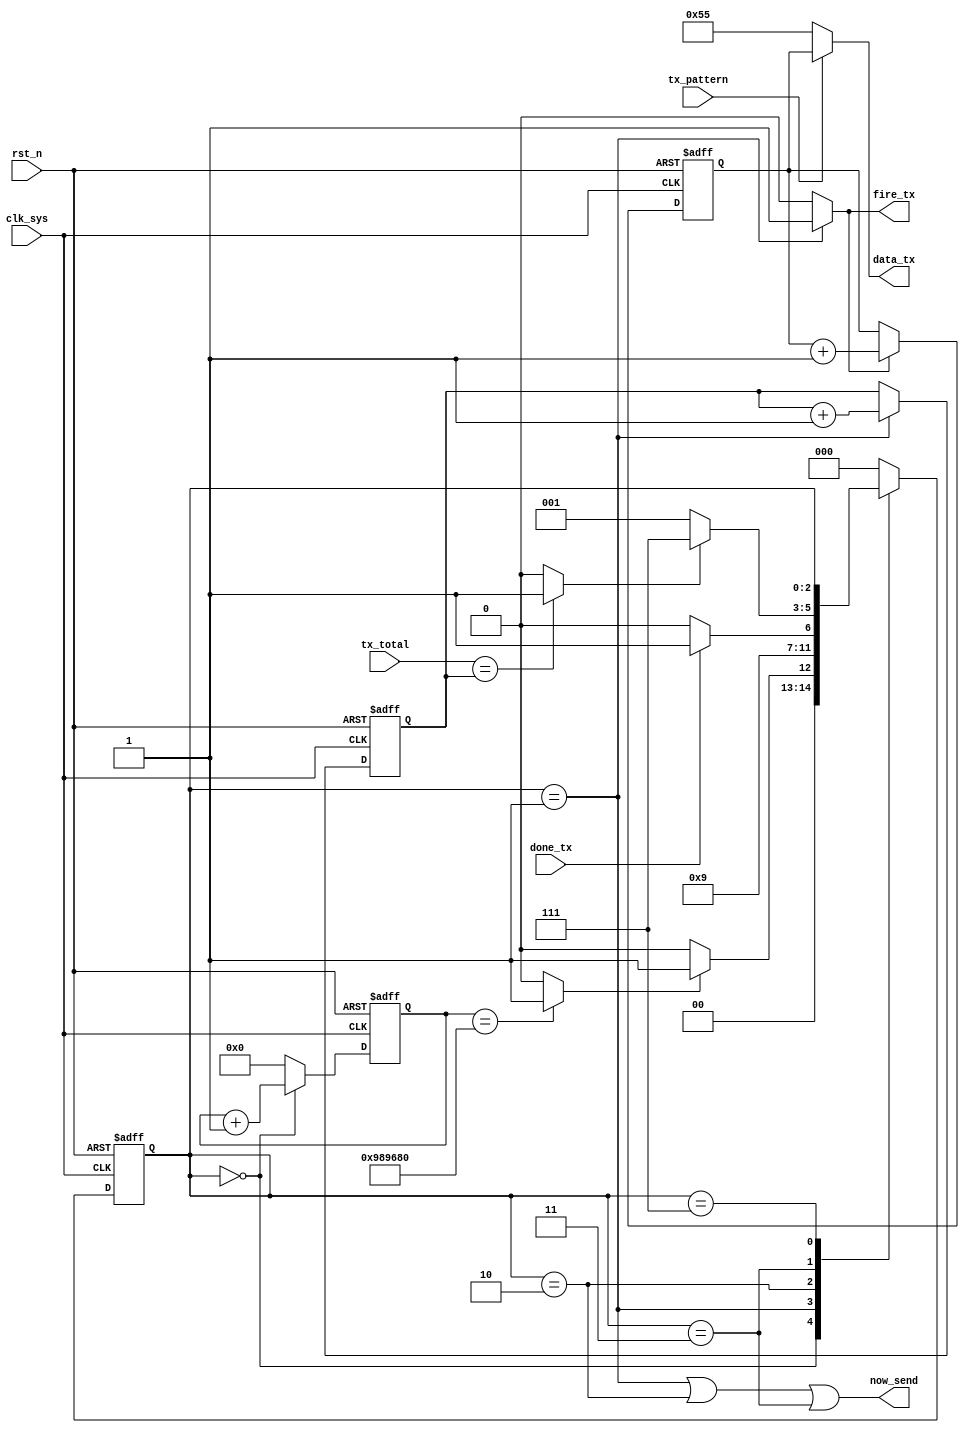
//tx_ctrl.v
`define T_INIT 24'd100_000_00

module tx_ctrl(
fire_tx,
done_tx,
data_tx,
//configuration
tx_total,
now_send,
tx_pattern,
//clk rst
clk_sys,
rst_n
);
output fire_tx;
input  done_tx;
output [7:0]	data_tx;
//configuration
input [31:0]	tx_total;
output 				now_send;
input 	tx_pattern;
//clk rst
input clk_sys;
input rst_n;
//--------------------------------
//--------------------------------


//----------- main FSM ----------
parameter S_INIT = 3'h0;
parameter S_FIRE = 3'h1;
parameter S_WAIT = 3'h2;
parameter S_CHECK = 3'h3;
parameter S_DONE = 3'h7;
reg [2:0] st_tx_mac;
wire finish_init;
wire finish_send;
always @ (posedge clk_sys or negedge rst_n)	begin
	if(~rst_n)
		st_tx_mac <= S_INIT;
	else begin
		case(st_tx_mac)
			S_INIT : st_tx_mac <= finish_init ? S_FIRE : S_INIT;
			S_FIRE : st_tx_mac <= S_WAIT;
			S_WAIT : st_tx_mac <= done_tx ? S_CHECK : S_WAIT;
			S_CHECK: st_tx_mac <= finish_send ? S_DONE : S_FIRE;
			S_DONE : ;
			default : st_tx_mac <= S_INIT;
		endcase
	end
end


//------- FSM init -----------
reg [23:0] cnt_init;
always @ (posedge clk_sys or negedge rst_n)	begin
	if(~rst_n)
		cnt_init <= 24'h0;
	else if(st_tx_mac == S_INIT)
		cnt_init <= cnt_init + 24'h1;
	else 
		cnt_init <= 24'h0;
end
assign finish_init = (cnt_init == `T_INIT) ? 1'b1 : 1'b0;
		

//-------- FSM check ---------
reg [31:0] cnt_tx;
always @ (posedge clk_sys or negedge rst_n)	begin
	if(~rst_n)
		cnt_tx <= 32'h0;
	else if(st_tx_mac == S_FIRE)
		cnt_tx <= cnt_tx + 32'h1;
	else ;
end
assign finish_send = (tx_total == cnt_tx) ? 1'b1 : 1'b0;


//-------- output -------------
wire fire_tx = (st_tx_mac == S_FIRE) ? 1'b1 : 1'b0;
reg [7:0] data;
always @ (posedge clk_sys or negedge rst_n)	begin
	if(~rst_n)
		data <= 8'h0;
	else if(fire_tx)
		data <= data + 8'h1;
	else ;
end
wire [7:0]	data_tx;
assign data_tx = tx_pattern ? data : 8'h55;

wire now_send;
assign now_send = (st_tx_mac == S_FIRE) |  (st_tx_mac == S_WAIT) |  (st_tx_mac == S_CHECK)	; 

endmodule